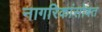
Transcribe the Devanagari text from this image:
नागरिकांसोबत